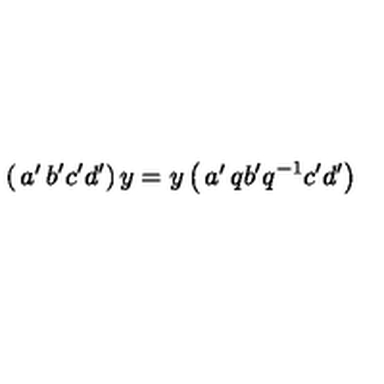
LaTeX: \left( \begin{matrix} { a ^ { \prime } } & { b ^ { \prime } } \\ { c ^ { \prime } } & { d ^ { \prime } } \\ \end{matrix} \right) y = y \left( \begin{matrix} { a ^ { \prime } } & { q b ^ { \prime } } \\ { q ^ { - 1 } c ^ { \prime } } & { d ^ { \prime } } \\ \end{matrix} \right)